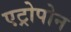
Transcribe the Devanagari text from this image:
एट्रोपोन